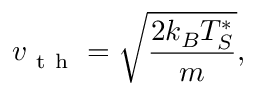
v _ { \mathrm { ~ t ~ h ~ } } = \sqrt { \frac { 2 k _ { B } T _ { S } ^ { * } } { m } } ,